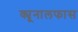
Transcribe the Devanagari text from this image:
क्यूनालफास